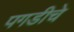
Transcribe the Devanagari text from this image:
पगडीचे